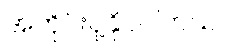
အတိုင်းပို့နိုင်ပါတယ်။